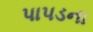
પાપડના